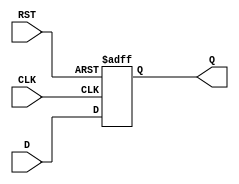
module IntermediateRegister (
    input wire [N-1:0] D,      // Data Input
    input wire CLK,            // Clock
    input wire RST,            // Asynchronous Reset
    output reg [N-1:0] Q       // Data Output
);
    parameter N = 8; // Parameter to define the width of the register

    // Asynchronous Reset and Synchronous Capture
    always @(posedge CLK or posedge RST) begin
        if (RST) begin
            Q <= {N{1'b0}}; // Reset Q to 0 (N bits)
        end else begin
            Q <= D; // Capture the input data on the clock edge
        end
    end

endmodule